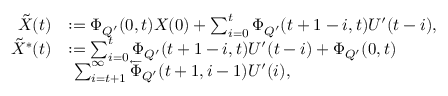
\begin{array} { r l } { \tilde { X } ( t ) } & { : = \Phi _ { Q ^ { \prime } } ( 0 , t ) X ( 0 ) + \sum _ { i = 0 } ^ { t } \Phi _ { Q ^ { \prime } } ( t + 1 - i , t ) U ^ { \prime } ( t - i ) , } \\ { \tilde { X } ^ { * } ( t ) } & { : = \sum _ { i = 0 } ^ { t } \Phi _ { Q ^ { \prime } } ( t + 1 - i , t ) U ^ { \prime } ( t - i ) + \Phi _ { Q ^ { \prime } } ( 0 , t ) } \\ & { ~ \sum _ { i = t + 1 } ^ { \infty } \overleftarrow { \Phi } _ { Q ^ { \prime } } ( t + 1 , i - 1 ) U ^ { \prime } ( i ) , } \end{array}